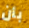
بأن